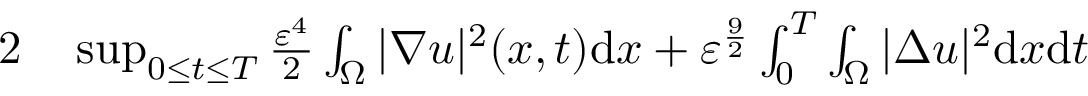
\begin{array} { r l } { { 2 } } & { { } \operatorname* { s u p } _ { 0 \leq t \leq T } \frac { \varepsilon ^ { 4 } } { 2 } \int _ { \Omega } | \nabla u | ^ { 2 } ( x , t ) \mathrm { d } x + \varepsilon ^ { \frac { 9 } { 2 } } \int _ { 0 } ^ { T } \int _ { \Omega } | \Delta u | ^ { 2 } \mathrm { d } x \mathrm { d } t } \end{array}